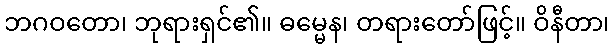
ဘဂဝတော၊ ဘုရားရှင်၏။ ဓမ္မေန၊ တရားတော်ဖြင့်။ ဝိနီတာ၊